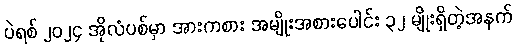
ပဲရစ် ၂၀၂၄ အိုလံပစ်မှာ အားကစား အမျိုးအစားပေါင်း ၃၂ မျိုးရှိတဲ့အနက်